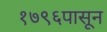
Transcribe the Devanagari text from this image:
१७९६पासून